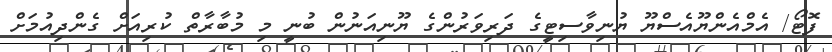
ފޮޓޯ/ އެމްއެންޔޫއެސްޔޫ ޔުނިވާސިޓީގެ ދަރިވަރުންގެ ޔޫނިއަނުން ބުނީ މި މުބާރާތް ކުރިއަށް ގެންދިއުމަށް